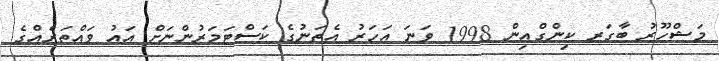
މަޝްހޫރު ބާގަރ ކިންގްއިން 1998 ވަނަ އަހަރު އެތަނުގެ ކަސްޓަމަރުންނަށް އައު ވައްތަރެއްގެ